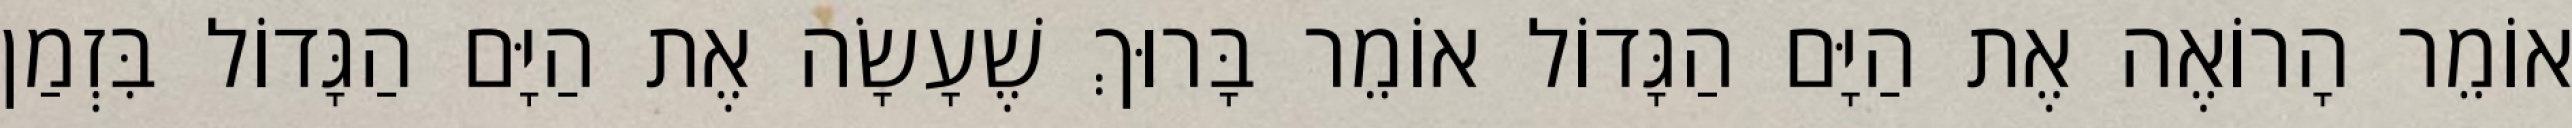
אוֹמֵר הָרוֹאֶה אֶת הַיָּם הַגָּדוֹל אוֹמֵר בָּרוּךְ שֶׁעָשָׂה אֶת הַיָּם הַגָּדוֹל בִּזְמַן